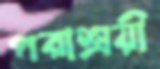
পরাশ্রয়ী